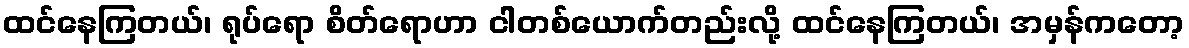
ထင်နေကြတယ်၊ ရုပ်ရော စိတ်ရောဟာ ငါတစ်ယောက်တည်းလို့ ထင်နေကြတယ်၊ အမှန်ကတော့